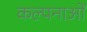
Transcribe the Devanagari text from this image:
कल्‍पनाओं